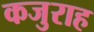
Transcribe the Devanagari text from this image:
कजुराह